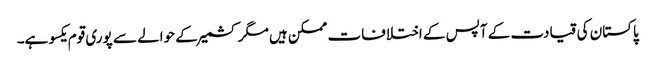
پاکستان کی قیادت کے آپس کے اختلافات ممکن ہیں مگر کشمیر کے حوالے سے پوری قوم یکسو ہے۔